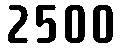
2500